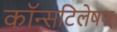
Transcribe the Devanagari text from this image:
कॉन्सटिलेषण